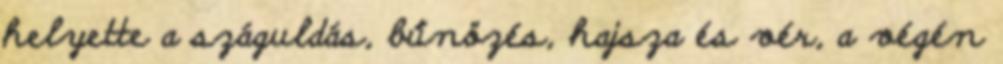
helyette a száguldás, bűnözés, hajsza és vér, a végén